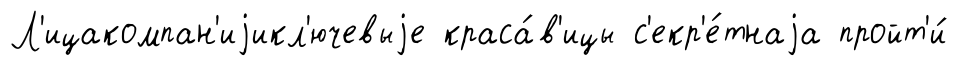
Л'ицакомпан'иjикл'ючевыjе краса́в'ицы с'екр'е́тнаjа пройт'и́